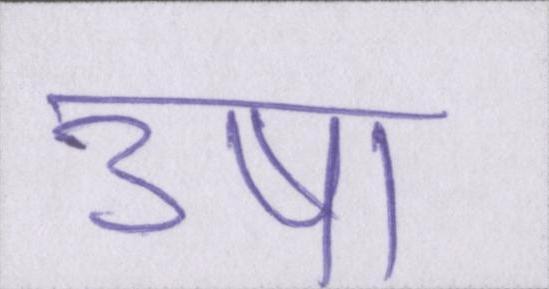
उषा